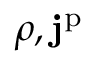
\rho , \mathbf { j } ^ { \mathrm { p } }